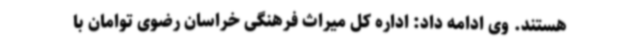
هستند. وی ادامه داد: اداره کل میراث فرهنگی خراسان رضوی توامان با